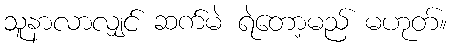
သူနာလာလျှင် ဆက်မဲ ရဲတော့မည် မဟုတ်။